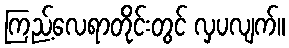
ကြည့်လေရာတိုင်းတွင် လှပလျက်။